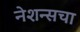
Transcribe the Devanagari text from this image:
नेशन्सचा